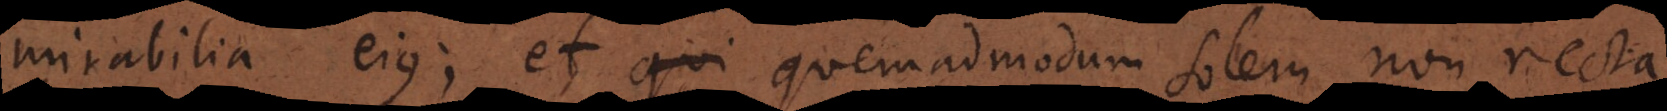
mirabilia ejus; et quemadmodum solem non recta